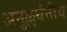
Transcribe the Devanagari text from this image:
अनुल्लघंनीय